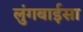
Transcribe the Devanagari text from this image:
लुंगबाईसा